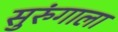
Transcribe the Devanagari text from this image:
सुरुंगाला